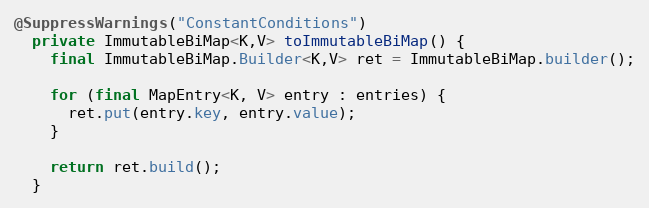
Language: Java
@SuppressWarnings("ConstantConditions")
  private ImmutableBiMap<K,V> toImmutableBiMap() {
    final ImmutableBiMap.Builder<K,V> ret = ImmutableBiMap.builder();

    for (final MapEntry<K, V> entry : entries) {
      ret.put(entry.key, entry.value);
    }

    return ret.build();
  }